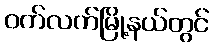
ဝက်လက်မြို့နယ်တွင်